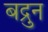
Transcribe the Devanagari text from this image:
बद्रुन